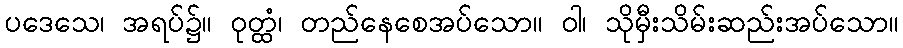
ပဒေသေ၊ အရပ်၌။ ဝုတ္ထံ၊ တည်နေစေအပ်သော။ ဝါ၊ သိုမှီးသိမ်းဆည်းအပ်သော။